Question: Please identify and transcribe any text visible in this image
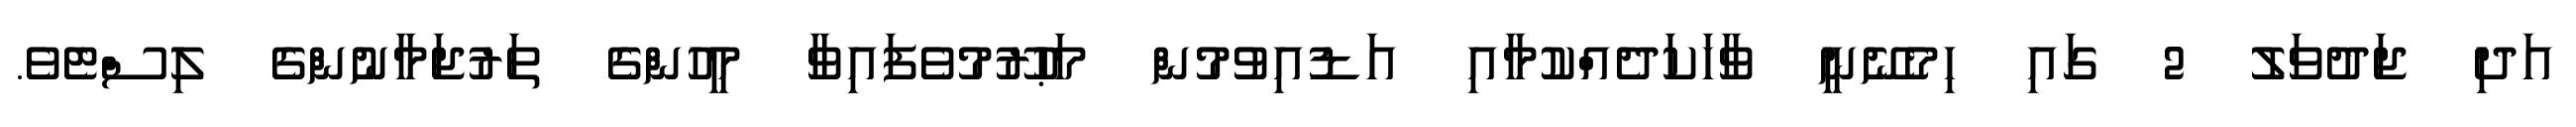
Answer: އަދި ޖަދުވަލު 2 ގައި ހިމެނޭނީ ވާހަކަދެއްކުމާއި އަޑުއިވުމުން މަޙުރޫމުވެފައިވާ މީހުންގެ ތަރުޖަމާނުންގެ ލިސްޓެވެ.